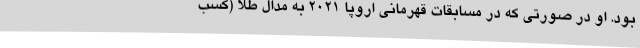
بود. او در صورتی که در مسابقات قهرمانی اروپا ۲۰۲۱ به مدال طلا (کسب